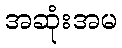
အဆုံးအမ